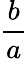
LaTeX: \frac{b}{a}